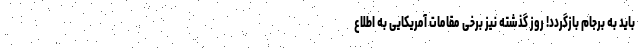
باید به برجام بازگردد! روز گذشته نیز برخی مقامات آمریکایی به اطلاع